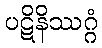
ပဋိနိဿဂ္ဂံ